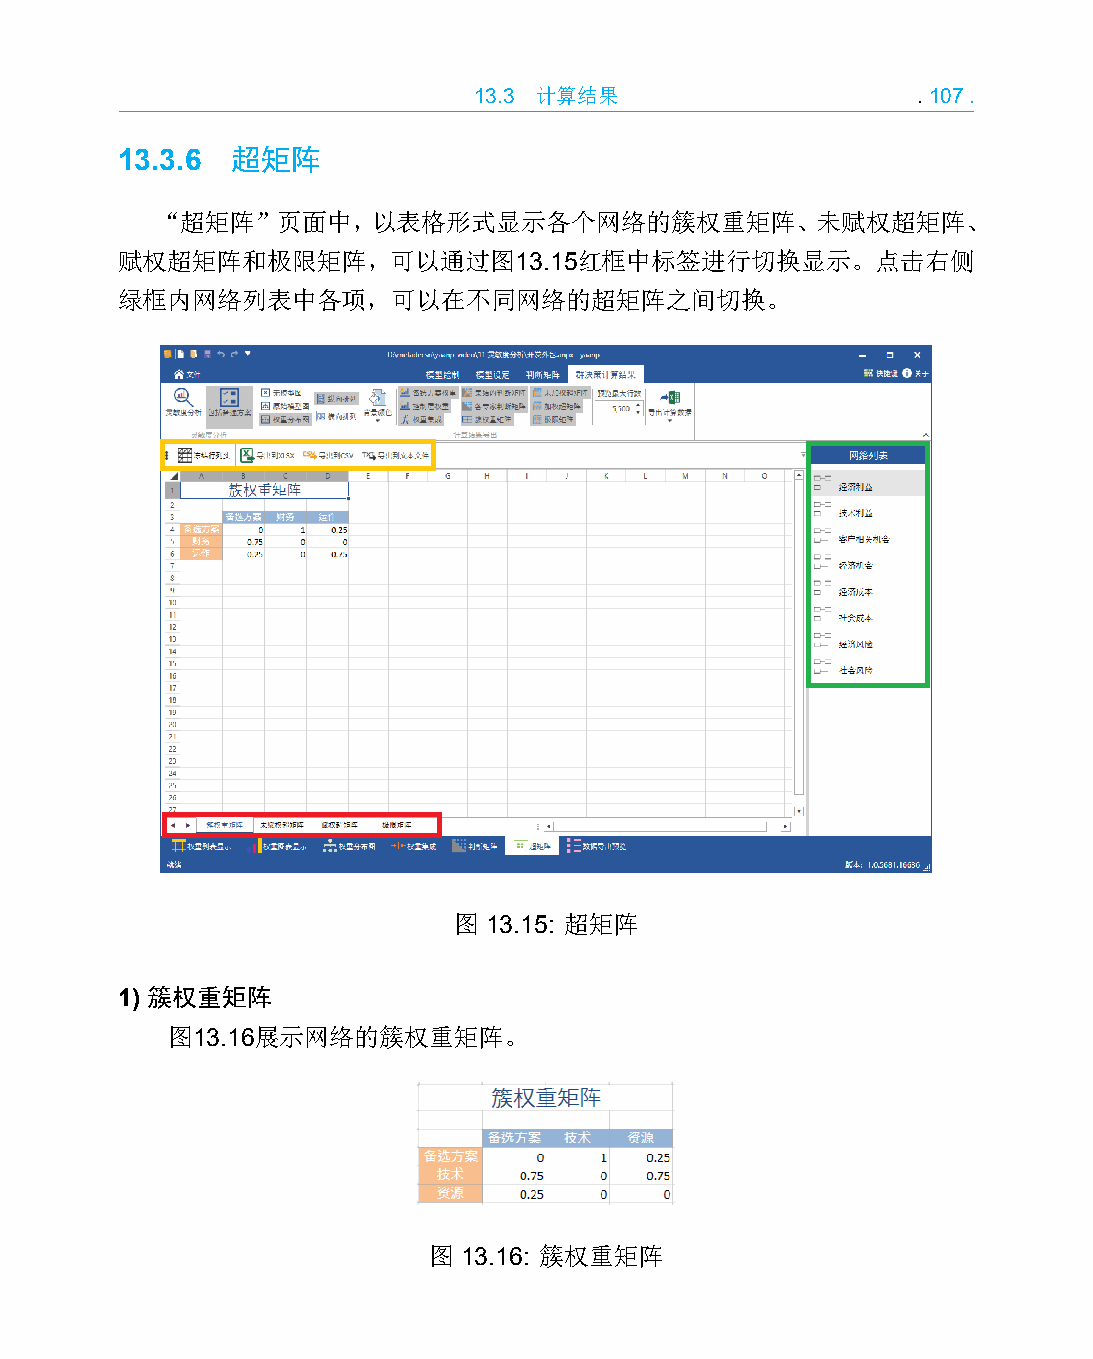
13.3 计算结果                     .107.
 13.3.6 超矩阵
 “超矩阵”页面中，以表格形式显示各个网络的簇权重矩阵、未赋权超矩阵、
 赋权超矩阵和极限矩阵，可以通过图13.15红框中标签进行切换显示。点击右侧
 绿框内网络列表中各项，可以在不同网络的超矩阵之间切换。
 图 13.15: 超矩阵
 1) 簇权重矩阵
 图13.16展示网络的簇权重矩阵。
 图 13.16: 簇权重矩阵